Sketch of the medical history of the native army of Bombay, for the year
Year: 1870
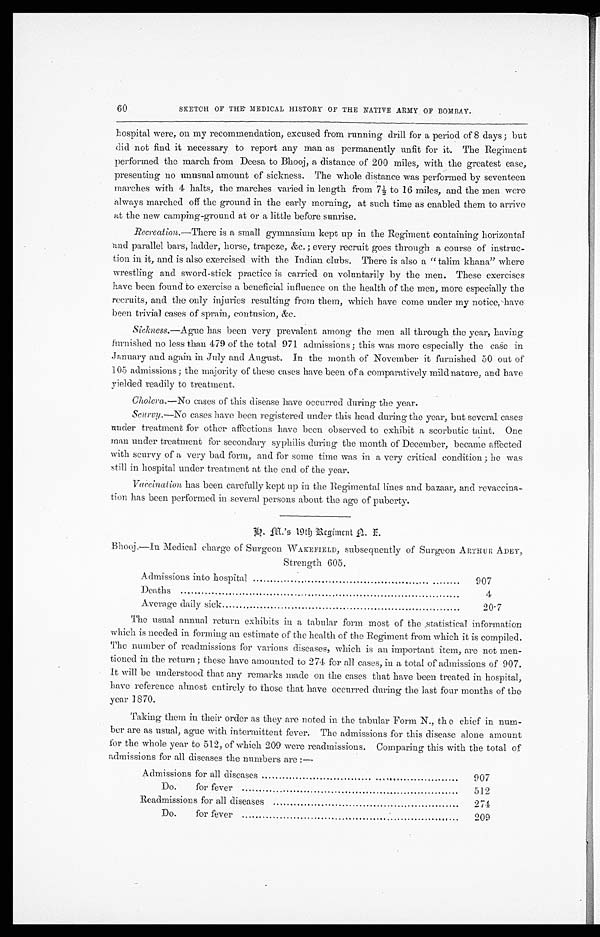
60
SKETCH OF THE MEDICAL HISTORY OF THE NATIVE ARMY OF BOMBAY,
hospital were, on my recommendation, excused from running drill for a period of 8 days; but
did not find it necessary to report any man as permanently unfit for it. The Regiment
performed the march from Deesa to Bhooj, a distance of 200 miles, with the greatest ease,
presenting no unusual amount of sickness. The whole distance was performed by seventeen
marches with 4 halts, the marches varied in length from 7½ to 16 miles, and the men were
always marched off the ground in the early morning, at such time as enabled them to arrive
at the new camping-ground at or a little before sunrise.
Recreation. —There is a small gymnasium kept up in the Regiment containing horizontal
and parallel bars, ladder, horse, trapeze, &c.; every recruit goes through a course of instruc-
tion in it, and is also exercised with the Indian clubs. There is also a "talim khana" where
wrestling and sword-stick practice is carried on voluntarily by the men. These exercises
have been found to exercise a beneficial influence on the health of the men, more especially the
recruits, and the only injuries resulting from them, which have come under my notice, have
been trivial cases of sprain, contusion, &c.
Sickness.—Ague has been very prevalent among the men all through the year, having
furnished no less. than 479 of the total 971 admissions; this was more especially the case in
January and again in July and August. In the month of November it furnished 50 out of
105 admissions; the majority of these cases have been of a comparatively mild nature, and have
yielded readily to treatment.
Cholera.
—No cases of this disease have occurred during the year.
Scurvy. —No cases have been registered under this head during the year, but several cases
under treatment for other affections have been observed to exhibit a scorbutic taint. One
man under treatment for secondary syphilis during the month of December, became affected
with scurvy of a very bad form, and for some time was in a very critical condition; he was
still in hospital under treatment at the end of the year.
Vaccination
has been carefully kept up in the Regimental lines and bazaar, and revaccina
-tion has been performed in several persons about the age of puberty.
H. M.'s 19th Regiment N. I.
Bhooj.—In Medical charge of Surgeon WAKEFIELD, subsequently of Surgeon ARTHUR ADEY,
Strength 605.
Admissions into hospital
9 0 7
Deaths
4
Average daily sick
2 0 · 7
The usual annual return exhibits in a tabular form most of the statistical information
which is needed in forming an estimate of the health of the Regiment from which it is compiled.
The number of readmissions for various diseases, which is an important item, are not men
-tioned in the return; these have amounted to 274 for all cases, in a total of admissions of 907.
It will be understood that any remarks made on the cases that have been treated in hospital,
have reference almost entirely to those that have occurred during the last four months of the
year 1870.
Taking them in their order as they are noted in the tabular Form N., th e chief in num
-ber are as usual, ague with intermittent fever. The admissions for this disease alone amount
for the whole year to 512, of which 209 were readmissions. Comparing this with the total of
admissions for all diseases the numbers are:—
Admission for all diseases
9 0 7
Do. for fever
5 1 2
Readmissions for all diseases
2 7 4
Do. for fever
2 0 9